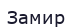
Замир